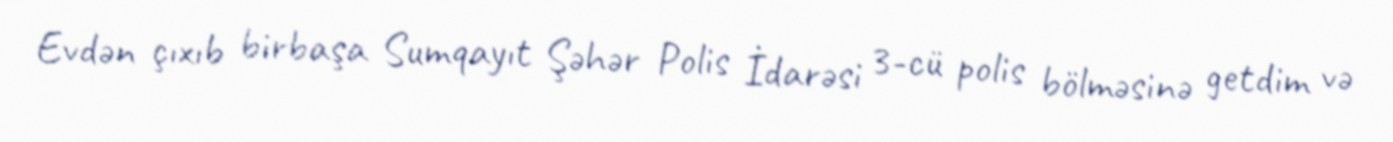
Evdən çıxıb birbaşa Sumqayıt Şəhər Polis İdarəsi 3-cü polis bölməsinə getdim və